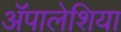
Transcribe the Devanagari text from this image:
ॲपालेशिया